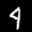
Label: 4